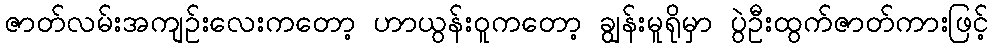
ဇာတ်လမ်းအကျဉ်းလေးကတော့ ဟာယွန်းဝူကတော့ ချွန်းမူရိုမှာ ပွဲဦးထွက်ဇာတ်ကားဖြင့်